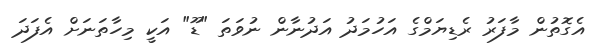
އެގޮތުން މާފަރު ރެޑިޔަމްގެ އަހުމަދު އަދުނާން ނުވަތަ "ޑޫ" އަކީ މިހާތަނަށް އެފަދަ